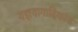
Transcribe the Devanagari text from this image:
यज्ञयागादिकांस